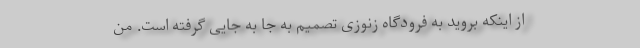
از اینکه بروید به فرودگاه زنوزی تصمیم به جا به جایی گرفته است. من